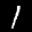
Label: 1